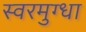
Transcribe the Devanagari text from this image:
स्वरमुग्धा